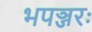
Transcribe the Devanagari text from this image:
भपञ्जरः